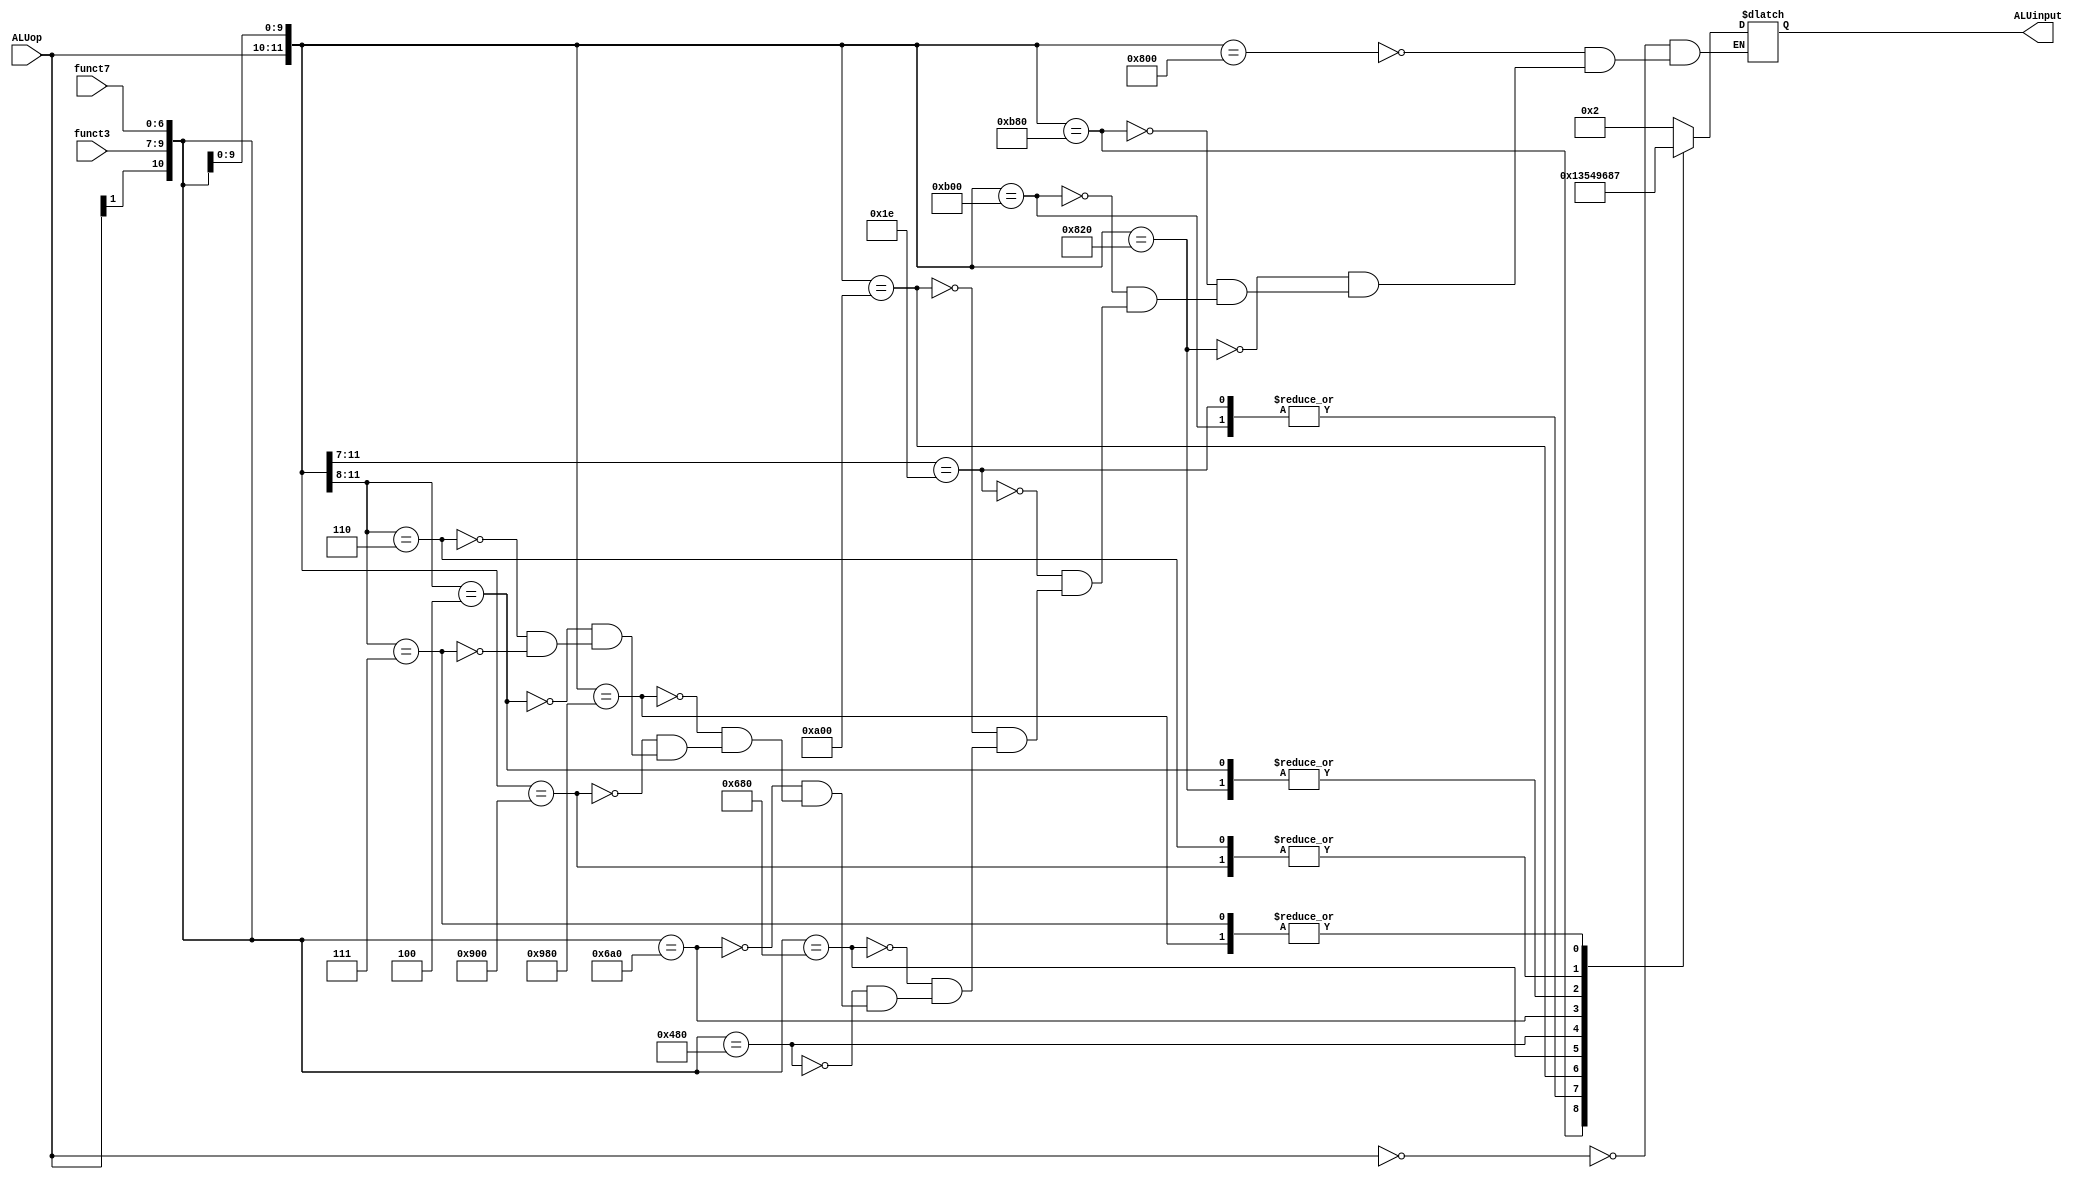
`timescale 1ns / 1ps
//////////////////////////////////////////////////////////////////////////////////
// Company: 
// Engineer: 
// 
// Design Name: 
// Module Name: ALUcontrol
// Project Name: 
// Target Devices: 
// Tool Versions: 
// Description: 
// 
// Dependencies: 
// 
// Revision:
// Revision 0.01 - File Created
// Additional Comments:
// 
//////////////////////////////////////////////////////////////////////////////////


module ALUcontrol(input [1:0] ALUop,
                  input [6:0] funct7,
                  input [2:0] funct3,
                  output reg [3:0] ALUinput);
                  
    always@(ALUop, funct3, funct7)
    begin
        casex({ALUop, funct3, funct7})
            12'b00xxxxxxxxxx: ALUinput <= 4'b0010;   // ld, sd
            12'b100000000000: ALUinput <= 4'b0010;   // add
            12'b100000100000: ALUinput <= 4'b0110;   // sub
            12'b101110000000: ALUinput <= 4'b0000;   // and
            12'b101100000000: ALUinput <= 4'b0001;   // or
            12'b11110xxxxxxx: ALUinput <= 4'b0001;   // ori
            12'b101000000000: ALUinput <= 4'b0011;   // xor
            12'b1x1010000000: ALUinput <= 4'b0101;   // srl, srli
            12'b1x0010000000: ALUinput <= 4'b0100;   // sll, slli
            12'b1x1010100000: ALUinput <= 4'b1001;   // sra, srai
            12'b100110000000: ALUinput <= 4'b0111;   // sltu
            12'b100100000000: ALUinput <= 4'b1000;   // slt
            12'b0100xxxxxxxx: ALUinput <= 4'b0110;   // beq
            12'b0110xxxxxxxx: ALUinput <= 4'b1000;   // blt, bge
            12'b0111xxxxxxxx: ALUinput <= 4'b0111;   // bltu, bgeu
        endcase
    end                  
endmodule